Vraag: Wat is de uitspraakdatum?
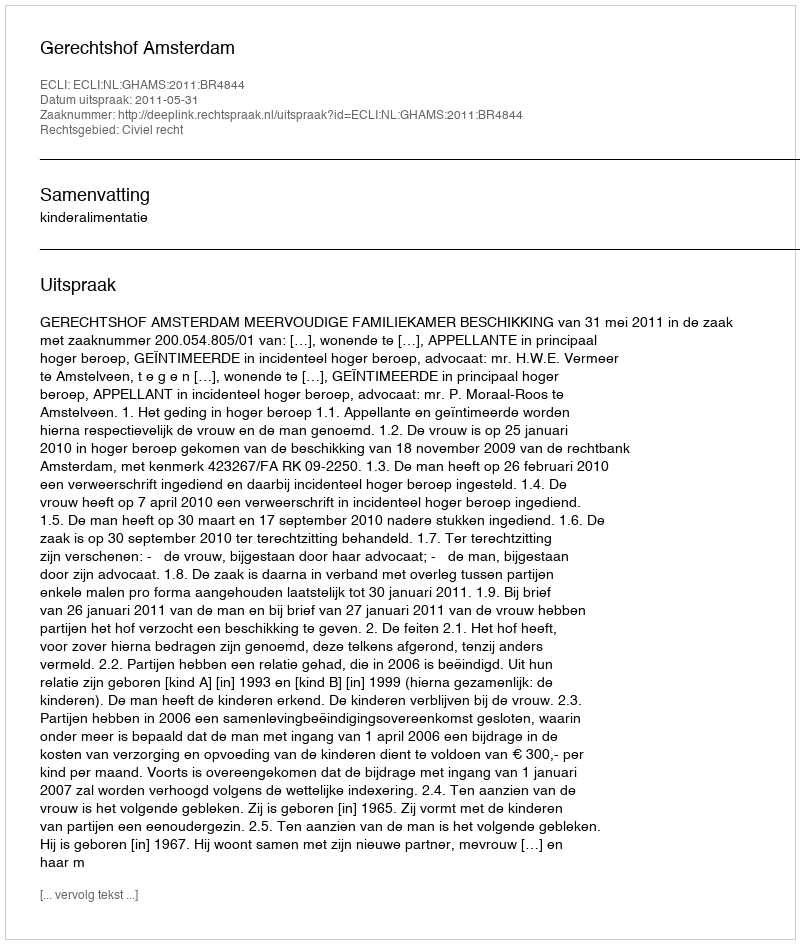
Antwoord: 2011-05-31